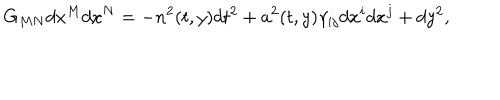
LaTeX: G _ { M N } d x ^ { M } d x ^ { N } = - n ^ { 2 } ( t , y ) d t ^ { 2 } + a ^ { 2 } ( t , y ) \gamma _ { i j } d x ^ { i } d x ^ { j } + d y ^ { 2 } ,